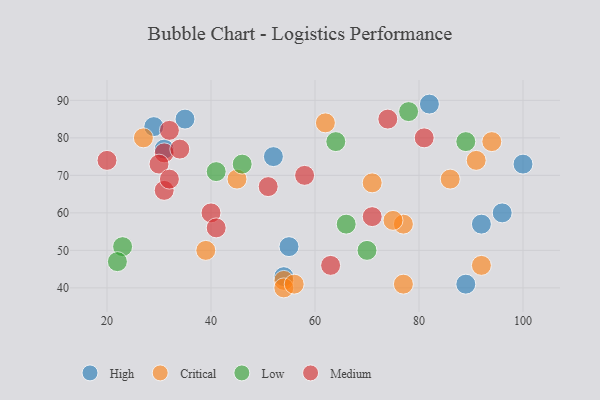
{"axis": {"x": "GDP", "y": "Life Expectancy"}, "legend": ["Critical", "High", "Low", "Medium"], "data": [{"x": "82", "y": 89, "type": "High"}, {"x": "92", "y": 57, "type": "High"}, {"x": "89", "y": 41, "type": "High"}, {"x": "54", "y": 43, "type": "High"}, {"x": "55", "y": 51, "type": "High"}, {"x": "100", "y": 73, "type": "High"}, {"x": "52", "y": 75, "type": "High"}, {"x": "31", "y": 77, "type": "High"}, {"x": "35", "y": 85, "type": "High"}, {"x": "96", "y": 60, "type": "High"}, {"x": "29", "y": 83, "type": "High"}, {"x": "77", "y": 57, "type": "Critical"}, {"x": "92", "y": 46, "type": "Critical"}, {"x": "39", "y": 50, "type": "Critical"}, {"x": "54", "y": 42, "type": "Critical"}, {"x": "91", "y": 74, "type": "Critical"}, {"x": "62", "y": 84, "type": "Critical"}, {"x": "54", "y": 40, "type": "Critical"}, {"x": "86", "y": 69, "type": "Critical"}, {"x": "71", "y": 68, "type": "Critical"}, {"x": "94", "y": 79, "type": "Critical"}, {"x": "77", "y": 41, "type": "Critical"}, {"x": "56", "y": 41, "type": "Critical"}, {"x": "75", "y": 58, "type": "Critical"}, {"x": "45", "y": 69, "type": "Critical"}, {"x": "27", "y": 80, "type": "Critical"}, {"x": "70", "y": 50, "type": "Low"}, {"x": "46", "y": 73, "type": "Low"}, {"x": "66", "y": 57, "type": "Low"}, {"x": "78", "y": 87, "type": "Low"}, {"x": "89", "y": 79, "type": "Low"}, {"x": "23", "y": 51, "type": "Low"}, {"x": "64", "y": 79, "type": "Low"}, {"x": "22", "y": 47, "type": "Low"}, {"x": "41", "y": 71, "type": "Low"}, {"x": "31", "y": 76, "type": "Medium"}, {"x": "30", "y": 73, "type": "Medium"}, {"x": "31", "y": 66, "type": "Medium"}, {"x": "34", "y": 77, "type": "Medium"}, {"x": "51", "y": 67, "type": "Medium"}, {"x": "32", "y": 69, "type": "Medium"}, {"x": "20", "y": 74, "type": "Medium"}, {"x": "71", "y": 59, "type": "Medium"}, {"x": "32", "y": 82, "type": "Medium"}, {"x": "74", "y": 85, "type": "Medium"}, {"x": "58", "y": 70, "type": "Medium"}, {"x": "40", "y": 60, "type": "Medium"}, {"x": "41", "y": 56, "type": "Medium"}, {"x": "81", "y": 80, "type": "Medium"}, {"x": "63", "y": 46, "type": "Medium"}]}